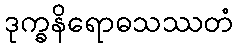
ဒုက္ခနိရောဓသဿတံ